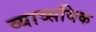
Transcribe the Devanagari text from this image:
व्याव्सयिक